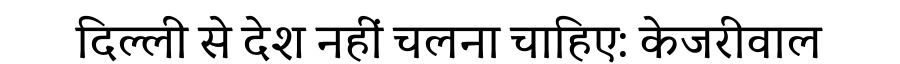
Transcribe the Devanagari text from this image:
दिल्ली से देश नहीं चलना चाहिए: केजरीवाल